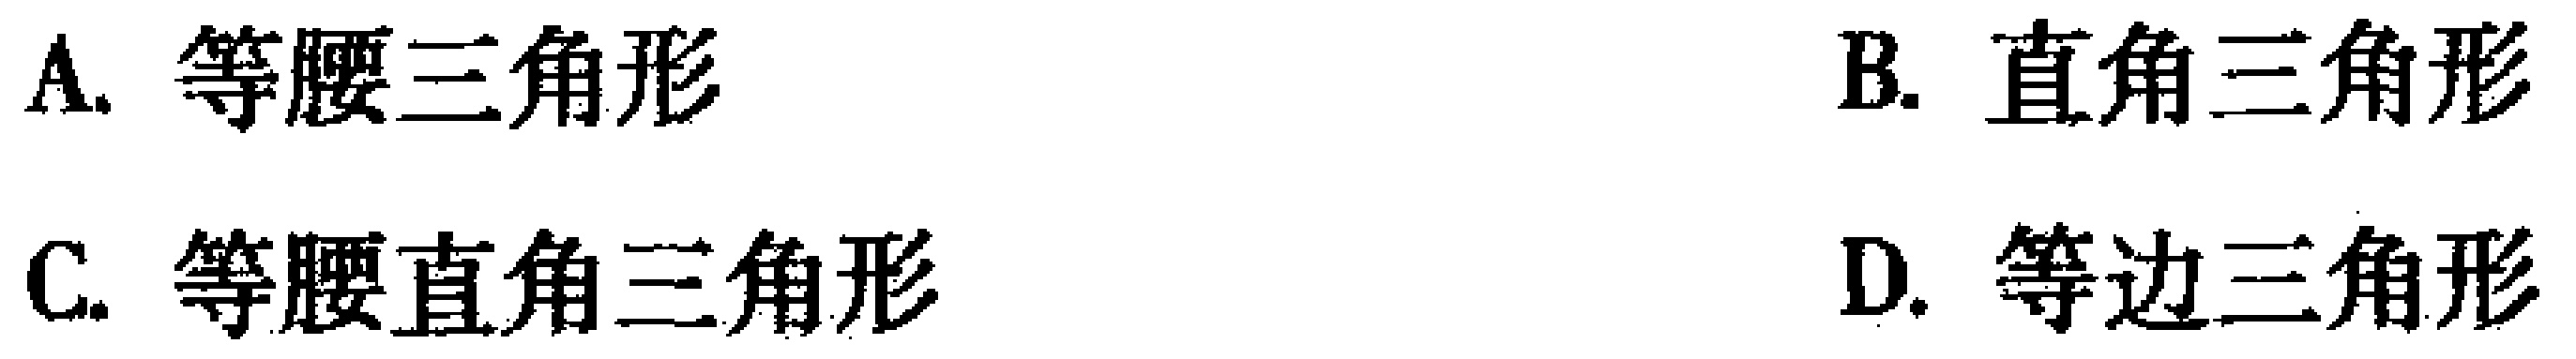
A. 等腰三角形
B. 直角三角形
C. 等腰直角三角形
D. 等边三角形